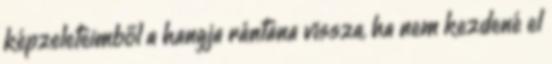
képzeleteimből a hangja rántana vissza, ha nem kezdené el